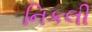
નિકલી